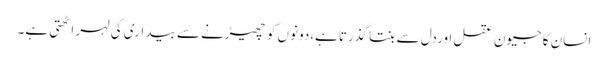
انسان کا جیون عقل اوردل سے بنتا گذرتاہے،دونوں کو چھیڑنے سے بیداری کی لہر اٹھتی ہے۔